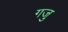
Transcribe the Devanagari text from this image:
गजु